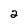
Character: 2